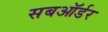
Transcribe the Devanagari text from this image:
सबऑर्डर